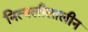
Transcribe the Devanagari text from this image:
नित्यलीलालीन